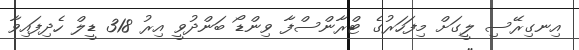
އިނގިރޭސި ލީގަށް މިފަހަރުގެ ޓްރާންސްފާ ވިންޑޯ ބަންދުވީ އިރު 318 ޑީލް ހެދިފައިވާ